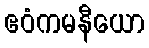
ဧဝံကမနီယော